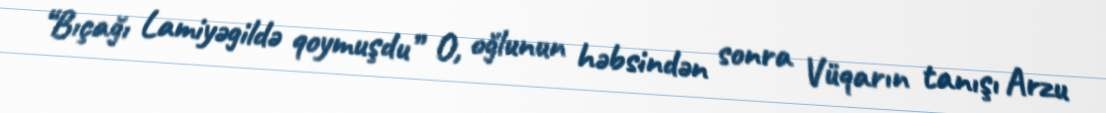
“Bıçağı Lamiyəgildə qoymuşdu” O, oğlunun həbsindən sonra Vüqarın tanışı Arzu